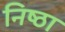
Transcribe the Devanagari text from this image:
निष्‍ठा